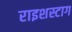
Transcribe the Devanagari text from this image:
राइशस्टाग